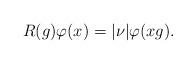
LaTeX: \begin{align*} R(g) \varphi(x)= |\nu| \varphi(xg).\end{align*}